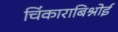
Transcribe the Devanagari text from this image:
चिंकाराबिश्नोई